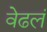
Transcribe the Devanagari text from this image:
वेढलं